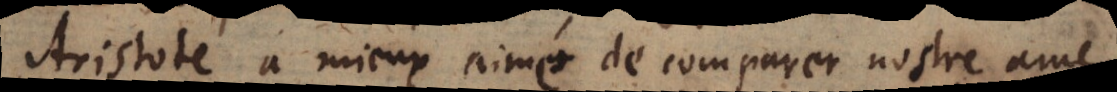
Aristote a mieux aimé de comparer nostre ame